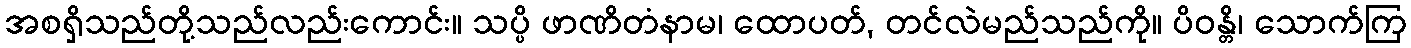
အစရှိသည်တို့သည်လည်းကောင်း။ သပ္ပိ ဖာဏိတံနာမ၊ ထောပတ်, တင်လဲမည်သည်ကို။ ပိဝန္တိ၊ သောက်ကြ